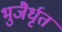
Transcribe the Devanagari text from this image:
भुजैर्धृत